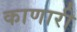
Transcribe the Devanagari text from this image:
काणारी